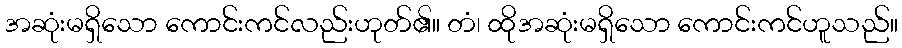
အဆုံးမရှိသော ကောင်းကင်လည်းဟုတ်၏။ တံ၊ ထိုအဆုံးမရှိသော ကောင်းကင်ဟူသည်။